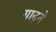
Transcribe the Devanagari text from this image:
गाढ़ने